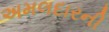
અમલદારની